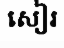
សៀរ